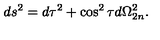
d s ^ { 2 } = d \tau ^ { 2 } + \cos ^ { 2 } \tau d \Omega _ { 2 n } ^ { 2 } .